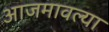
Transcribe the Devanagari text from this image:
आजमावल्या